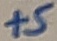
Text: +5